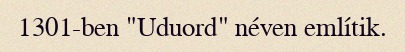
1301-ben "Uduord" néven említik.